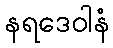
နရဒေဝါနံ